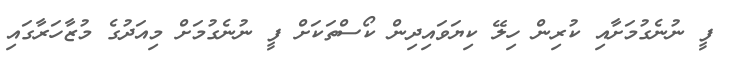
ފީ ނުނެގުމަށާއި ކުރިން ހިލޭ ކިޔަވައިދިން ކޯސްތަކަށް ފީ ނުނެގުމަށް މިއަދުގެ މުޒާހަރާގައި